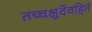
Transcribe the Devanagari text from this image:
तच्चक्षुर्देवहितं